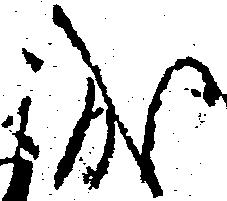
誠